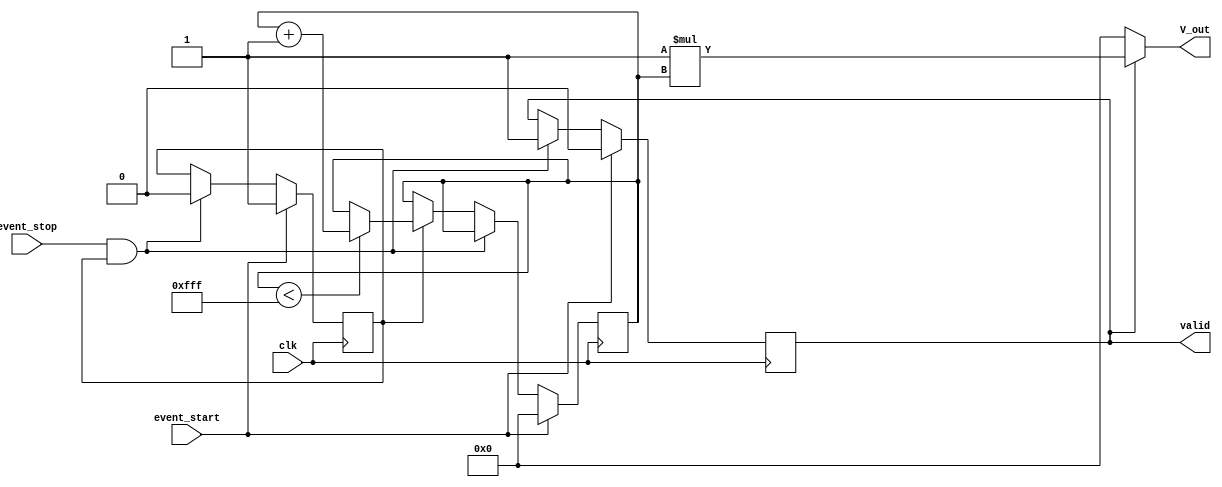
module TDC (
    input wire clk,             // Clock input
    input wire event_start,     // Start event signal
    input wire event_stop,      // Stop event signal
    output reg [11:0] V_out,    // Output voltage level (digital representation)
    output reg valid            // Output valid signal
);

    // Parameters
    parameter MAX_COUNT = 12'd4095; // Maximum count value (for 12-bit resolution)
    parameter K = 12'd1;              // Scaling factor for voltage conversion

    // Internal signals
    reg [11:0] time_count;  // Time counter
    reg counting;           // Counting state

    // Event Detector and Time Counter
    always @(posedge clk) begin
        if (event_start) begin
            time_count <= 12'd0; // Reset counter
            counting <= 1'b1;     // Start counting
            valid <= 1'b0;        // Clear valid signal
        end else if (event_stop && counting) begin
            counting <= 1'b0;     // Stop counting
            valid <= 1'b1;        // Indicate valid output
        end else if (counting) begin
            if (time_count < MAX_COUNT)
                time_count <= time_count + 12'd1; // Increment counter
        end
    end

    // Analog Voltage Generator (Digital representation)
    always @(*) begin
        if (valid) begin
            // Convert time count to voltage level
            V_out = K * time_count; // Assuming K is proportionality constant
        end else begin
            V_out = 12'd0; // Default output when not valid
        end
    end

endmodule